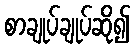
စာချုပ်ချုပ်ဆို၍